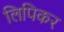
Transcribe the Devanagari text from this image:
लिपिकर